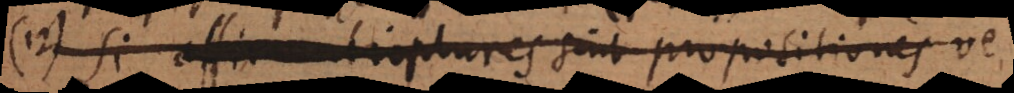
12) Si affirmatio plures sint propositiones ve